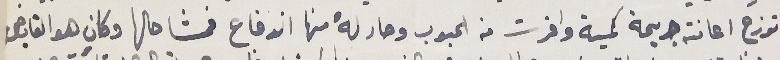
توزع اعانة جريمة كمية وافرت من الحبوب وصار لهُ منها اندفاع فمشا حالها وكان هو القابض